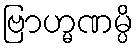
ဗြာဟ္မဏမ္ပိ